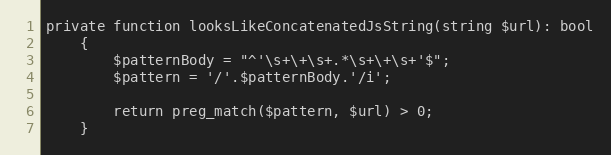
Language: PHP
private function looksLikeConcatenatedJsString(string $url): bool
    {
        $patternBody = "^'\s+\+\s+.*\s+\+\s+'$";
        $pattern = '/'.$patternBody.'/i';

        return preg_match($pattern, $url) > 0;
    }